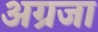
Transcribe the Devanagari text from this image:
अग्रजा